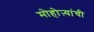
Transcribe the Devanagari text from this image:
मोहोऱ्यांची